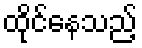
ထိုင်နေသည့်